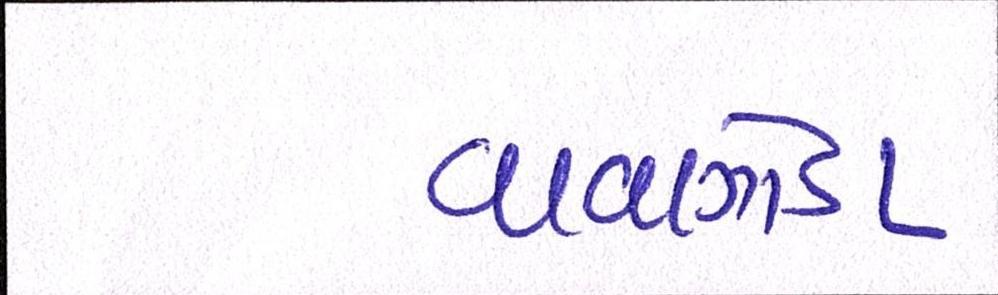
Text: વાવાઝોડા